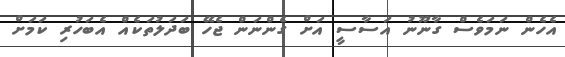
އެހެން ނަމަވެސް ގާނޫނު އަސާސީ އަށް ގެންނަން ޖެހޭ ބަދަލުތަކެއް އެބަހުރި ކަމަށް